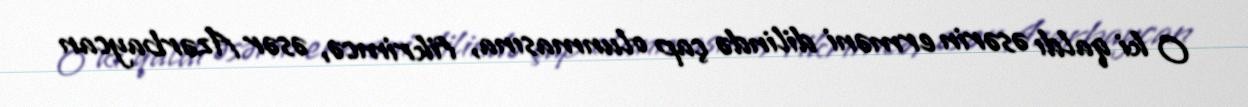
O ki qaldı əsərin erməni dilində çap olunmasına, fikrimcə, əsər Azərbaycan